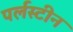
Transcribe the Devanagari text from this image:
पर्लस्टीन